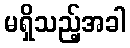
မရှိသည့်အခါ